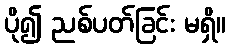
ပို၍ ညစ်ပတ်ခြင်း မရှိ။